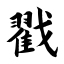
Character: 戳